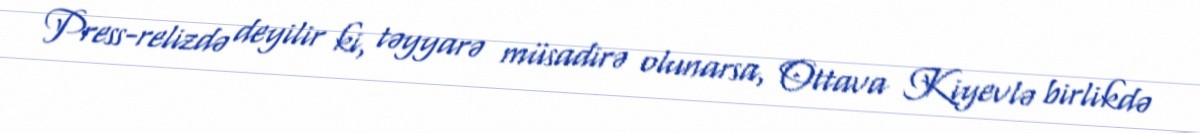
Press-relizdə deyilir ki, təyyarə müsadirə olunarsa, Ottava Kiyevlə birlikdə